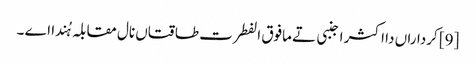
[9] کرداراں دا اکثر اجنبی تے مافوق الفطرت طاقتاں نال مقابلہ ہُندا اے ۔